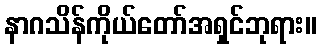
နာဂသိန်ကိုယ်တော်အရှင်ဘုရား။